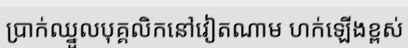
ប្រាក់ឈ្នួលបុគ្គលិកនៅវៀតណាម ហក់ឡើងខ្ពស់